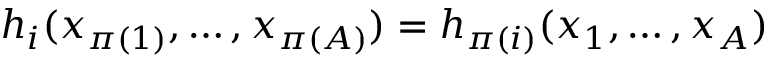
h _ { i } ( x _ { \pi ( 1 ) } , \ldots , x _ { \pi ( A ) } ) = h _ { \pi ( i ) } ( x _ { 1 } , \ldots , x _ { A } )